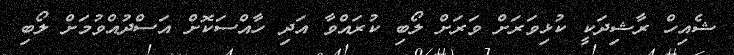
ޝެއިހް ރާޝިދަކީ ކުޅިވަރަށް ވަރަށް ލޯބި ކުރައްވާ އަދި ހާއްސަކޮށް އަސްދުއްވުމަށް ލޯބި